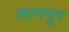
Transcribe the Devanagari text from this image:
माननूर